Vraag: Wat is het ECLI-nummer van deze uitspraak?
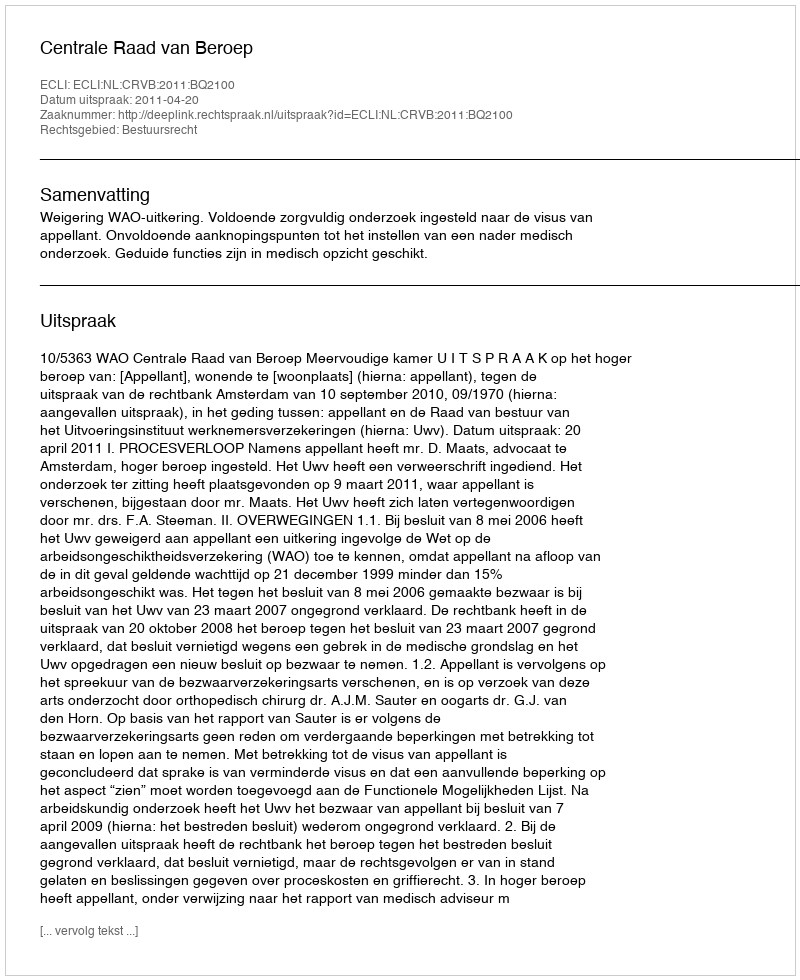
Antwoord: ECLI:NL:CRVB:2011:BQ2100